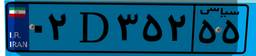
۴۶D۶۱۸۹۶